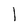
Character: 1